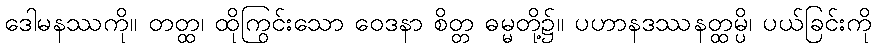
ဒေါမနဿကို။ တတ္ထ၊ ထိုကြွင်းသော ဝေဒနာ စိတ္တ ဓမ္မတို့၌။ ပဟာနဒဿနတ္ထမ္ပိ၊ ပယ်ခြင်းကို